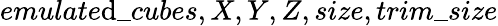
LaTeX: emulate\mathrm{d}\_ cubes,X,Y,Z,size,trim\_ size